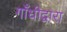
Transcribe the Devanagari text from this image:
गाँधीद्वारा